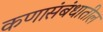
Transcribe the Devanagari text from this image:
कणासंबंधातील